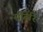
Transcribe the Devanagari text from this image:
सोनेरि